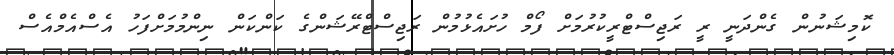
ކޮމިޝަނުން ގެންދަނީ ރީ ރަޖިސްޓްރީކުރުމަށް ފޯމް ހުށައެޅުމުން ރަޖިސްޓްރޭޝަންގެ ކަންކަން ނިންމުމަށްފަހު އެސްއެމްއެސް